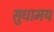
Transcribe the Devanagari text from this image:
सुधामय